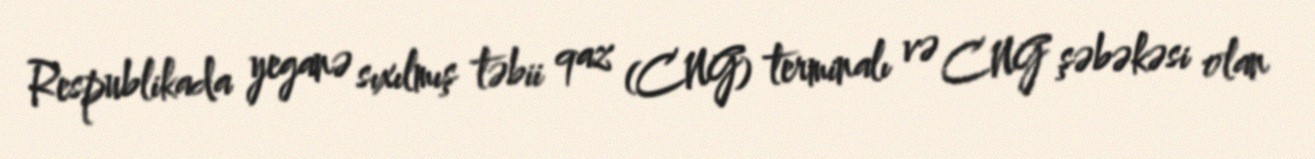
Respublikada yeganə sıxılmış təbii qaz (CNG) terminalı və CNG şəbəkəsi olan